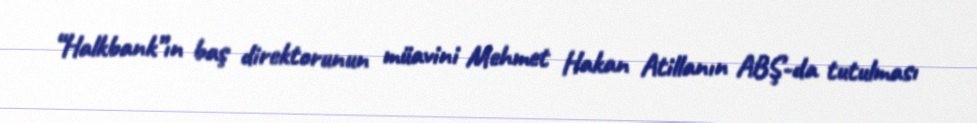
“Halkbank”ın baş direktorunun müavini Mehmet Hakan Atillanın ABŞ-da tutulması